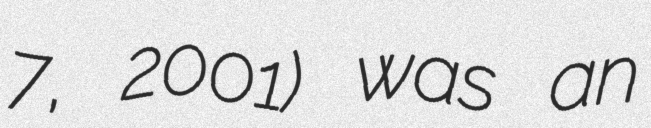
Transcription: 7, 2001) was an